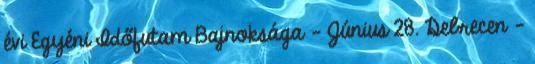
évi Egyéni Időfutam Bajnoksága - Június 28. Debrecen -